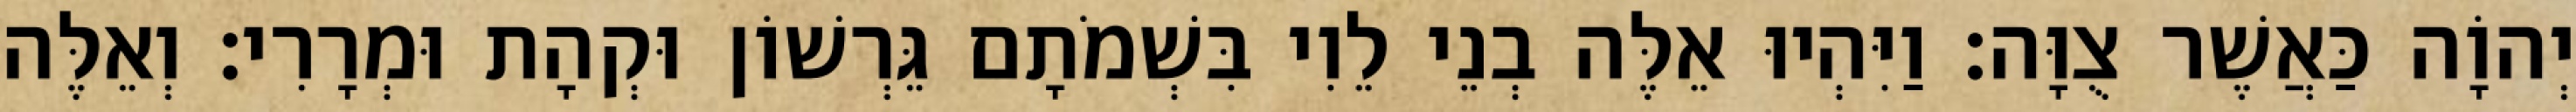
יְהוָֹה כַּאֲשֶׁר צֻוָּה׃ וַיִּהְיוּ אֵלֶּה בְנֵי לֵוִי בִּשְׁמֹתָם גֵּרְשׁוֹן וּקְהָת וּמְרָרִי׃ וְאֵלֶּה